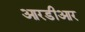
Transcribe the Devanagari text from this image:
आरडीआर